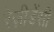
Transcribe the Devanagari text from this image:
रेज़ीडेंसी